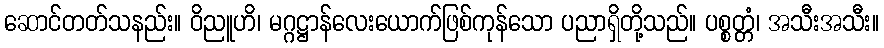
ဆောင်တတ်သနည်း။ ဝိညူဟိ၊ မဂ္ဂဋ္ဌာန်လေးယောက်ဖြစ်ကုန်သော ပညာရှိတို့သည်။ ပစ္စတ္တံ၊ အသီးအသီး။